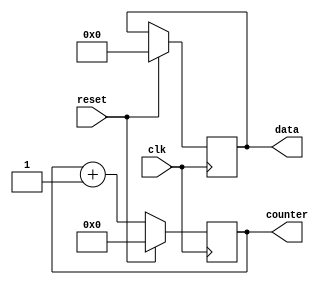
module reset_condition_example (
    input wire clk,        // Clock signal
    input wire reset,      // Reset signal (active high)
    output reg [7:0] data, // Example output register
    output reg [3:0] counter // Example counter register
);

// Initial values for the registers
initial begin
    data = 8'b00000000;   // Initialize data to 0
    counter = 4'b0000;    // Initialize counter to 0
end

// Synchronous reset logic
always @(posedge clk) begin
    if (reset) begin
        // Reset condition: initialize registers
        data <= 8'b00000000; // Reset data to 0
        counter <= 4'b0000;  // Reset counter to 0
    end else begin
        // Normal operation logic
        // Example: Increment counter
        counter <= counter + 1;
        // Example: Update data based on some condition (not defined here)
        // data <= ...;
    end
end

endmodule